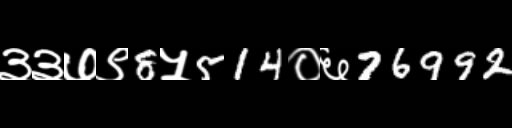
Text: ३३७९8५514०६76992